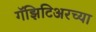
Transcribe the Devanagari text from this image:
गॅझिटिअरच्या